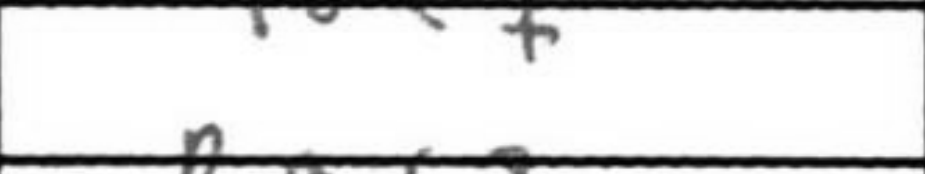
Transcription: Ne7